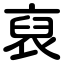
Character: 裒